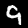
Digit: 9